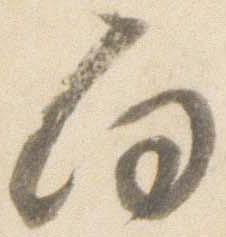
向